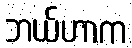
ဘယ်ဟာက